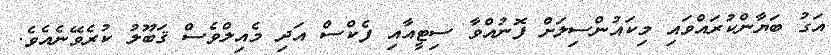
އަގު ބަޔާންކުރައްވައި މިކައުންސިލަށް ފޮނުއްވާ ސިޓީއާއި ފެކްސް އަދި މެއިލްވެސް ޤަބޫލު ކުރެވޭނެއެވެ.